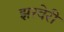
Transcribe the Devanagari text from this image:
झरवेरी